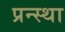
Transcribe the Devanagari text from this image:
प्रन्स्था